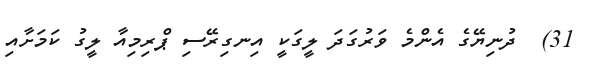
31)  ދުނިޔޭގެ އެންމެ ވަރުގަދަ ލީގަކީ އިނގިރޭސި ޕްރިމިއާ ލީގު ކަމަށާއި